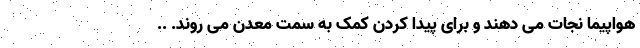
هواپیما نجات می دهند و برای پیدا کردن کمک به سمت معدن می روند. ..